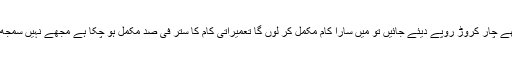
شفقت نغمی نے کہاکہ میری ٹھیکہ دار سے بات ہوئی ہے اس نے کہا کہ مجھے چار کروڑ روپے دیئے جائیں تو میں سارا کام مکمل کر لوں گا تعمیراتی کام کا ستر فی صد مکمل ہو چکا ہے مجھے نہیں سمجھ میںآ رہا کہ پی سی بی نے یہ رقم 47 کروڑ دس لاکھ کس طرح کر دی ہے ۔